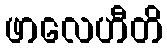
ဖာလေဟီတိ